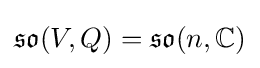
{\mathfrak {so}}(V,Q)={\mathfrak {so}}(n,\mathbb {C} )